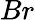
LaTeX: Br